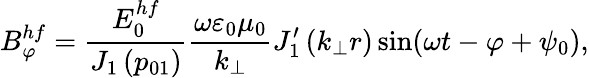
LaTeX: B_{\varphi}^{hf}=\frac{E_{0}^{hf}}{J_{1}\left(p_{01}\right)}\frac{\omega\varepsilon_{0}\mu_{0}}{k_{\perp}}J_{1}^{\prime}\left(k_{\perp}r\right)\sin(\omega t-\varphi+\psi_{0}),